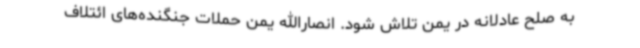
به صلح عادلانه در یمن تلاش شود. انصارالله یمن حملات جنگنده‌های ائتلاف